Leprosy and its control in the Bombay Presidency
Disease focus: Leprosy
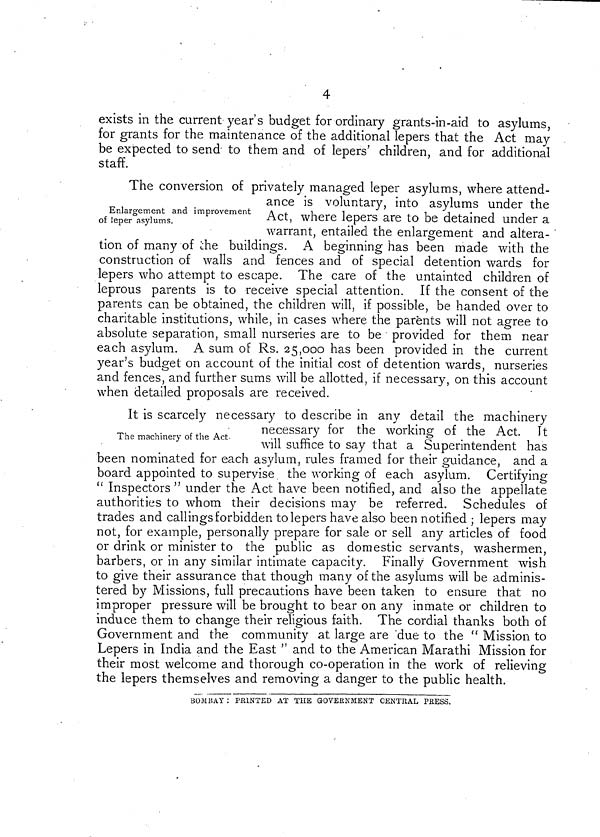
4
exists in the current year s budget for ordinary grants-in-aid to asylums,
for grants for the maintenance of the additional lepers that the Act may
be expected to send to them and of lepers' children, and for additional
staff.
Enlargement and improvement
of leper asylums.
The conversion of privately managed leper asylums, where attend-
ance is voluntary, into asylums under the
Act, where lepers are to be detained under a
warrant, entailed the enlargement and altera-
tion of many of the buildings. A beginning has been made with the
construction of walls and fences and of special detention wards for
lepers who attempt to escape. The care of the untainted children of
leprous parents is to receive special attention. If the consent of the
parents can be obtained, the children will, if possible, be handed over to
charitable institutions, while, in cases where the parents will not agree to
absolute separation, small nurseries are to be provided for them near
each asylum. A sum of Rs. 25,000 has been provided in the current
year's budget on account of the initial cost of detention wards, nurseries
and fences, and further sums will be allotted, if necessary, on this account
when detailed proposals are received.
The machinery of the Act
It is scarcely necessary to describe in any detail the machinery
necessary for the working of the Act. It
will suffice to say that a Superintendent has
been nominated for each asylum, rules framed for their guidance, and a
board appointed to supervise the working of each asylum. Certifying
" Inspectors " under the Act have been notified, and also the appellate
authorities to whom their decisions may be referred. Schedules of
trades and callings forbidden to lepers have also been notified ; lepers may
not, for example, personally prepare for sale or sell any articles of food
or drink or minister to the public as domestic servants, washermen,
barbers, or in any similar intimate capacity. Finally Government wish
to give their assurance that though many of the asylums will be adminis-
tered by Missions, full precautions have been taken to ensure that no
improper pressure will be brought to bear on any inmate or children to
induce them to change their religious faith. The cordial thanks both of
Government and the community at large are "due to the " Mission to
Lepers in India and the East " and to the American Marathi Mission for
their most welcome and thorough co-operation in the work of relieving
the lepers themselves and removing a danger to the public health.
BOMBAY : PRINTED AT THE GOVERNMENT CENTRAL PRESS.